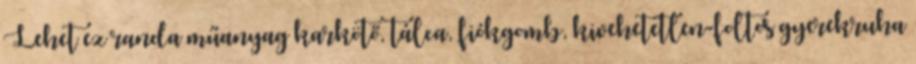
Lehet ez randa műanyag karkötő, tálca, fiókgomb, kivehetetlen-foltos gyerekruha